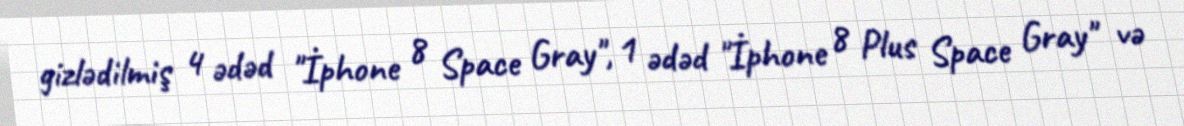
gizlədilmiş 4 ədəd "İphone 8 Space Gray", 1 ədəd "İphone 8 Plus Space Gray" və